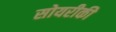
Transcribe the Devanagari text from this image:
सोयरीकी